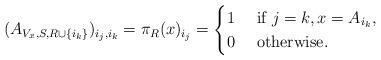
LaTeX: \begin{align*}(A_{V_x,S,{R} \cup \{i_k\}})_{i_j,i_k} = \pi_{R}(x)_{i_j} = \begin{cases}1 &\textrm{ if } j = k, x = A_{i_k}, \\0 &\textrm{ otherwise. } \\\end{cases}\end{align*}